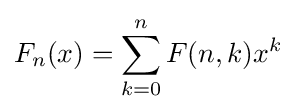
F_{n}(x)=\sum _{k=0}^{n}F(n,k)x^{k}